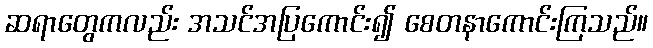
ဆရာတွေကလည်း အသင်အပြကောင်း၍ စေတနာကောင်းကြသည်။